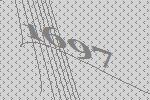
1697